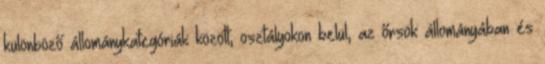
különböző állománykategóriák között, osztályokon belül, az őrsök állományában és